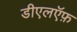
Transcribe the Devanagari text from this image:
डीएलऍफ़